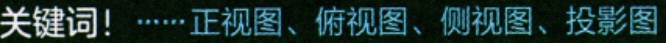
关键词！……正视图、俯视图、侧视图、投影图